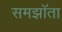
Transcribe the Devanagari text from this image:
समझॉता